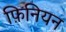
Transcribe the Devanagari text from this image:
फ़िनियन